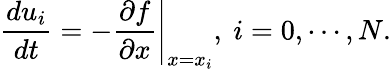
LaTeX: \frac{du_{i}}{dt}=-\left.\frac{\partial f}{\partial x}\right|_{x=x_{i}},\mathrm{~}i=0,\cdots,N.